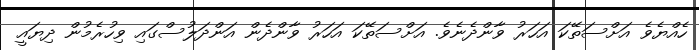
ހެއްޔެވެ އަށްސަތޭކަ އަހަރު ވާންދެނެވެ. އަށްސަތޭކަ އަހަރު ވާންދެން އަންދަލުސްގައި ވިހުރެމުން ދިޔައީ